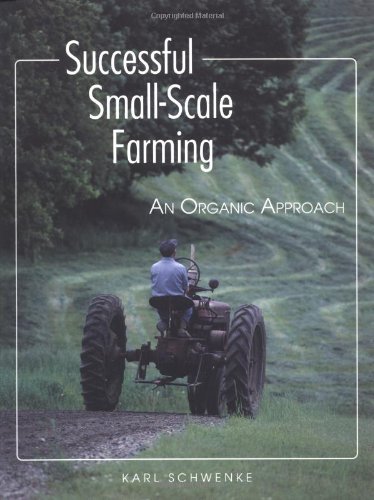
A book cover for Successful Small-Scale Farming: An Organic Approach (Down-To-Earth Book); Karl Schwenke; Science & Math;